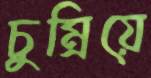
চুম্‌রিয়ে